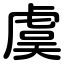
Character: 虞